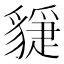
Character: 𧴇